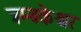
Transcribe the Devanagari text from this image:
त्रम्बकेश्वर